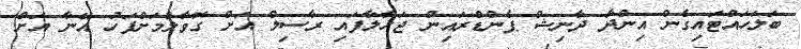
ބަލަހައްޓައިގެން އިންދާ ދާނިޝް ޕެންޑްރައިން ޖަހާލާފައި ރާސިލް އަށް ގޮވާލުމަށްފަހު އޭނާ އަށް